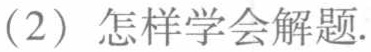
(2) 怎样学会解题.